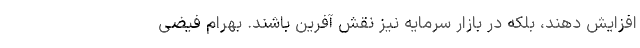
افزایش دهند، بلکه در بازار سرمایه نیز نقش آفرین باشند. بهرام فیضی